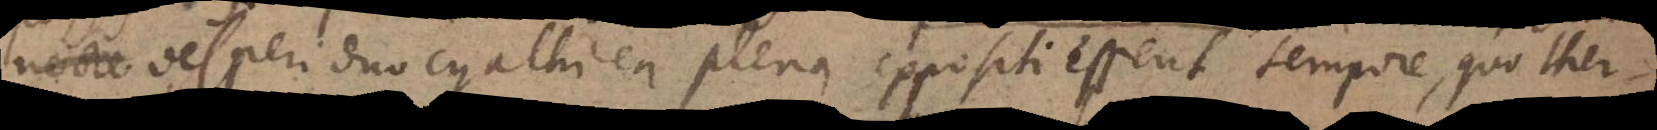
nocte vesperi duo cyathi ea pleni expositi essent tempore, quo ther-